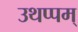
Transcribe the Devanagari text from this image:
उथप्पम्